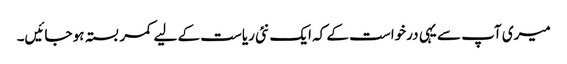
میری آپ سے یہی درخواست کے کہ ایک نئی ریاست کے لیے کمر بستہ ہو جائیں۔